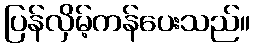
ပြန်လှိမ့်ကန်ပေးသည်။